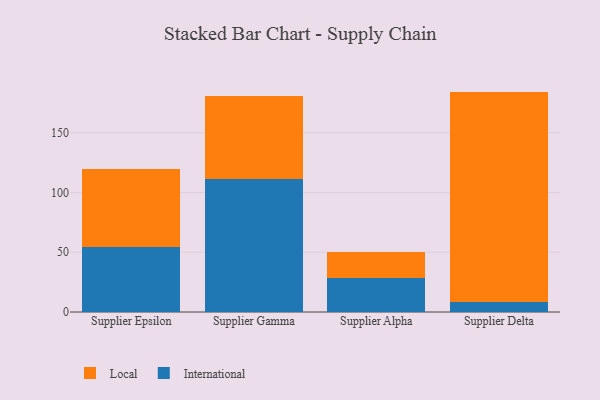
{"axis": {"x": "Supplier", "y": "Inventory Turnover"}, "legend": ["International", "Local"], "data": [{"x": "Supplier Epsilon", "y": 54.0, "type": "International"}, {"x": "Supplier Epsilon", "y": 65.3, "type": "Local"}, {"x": "Supplier Gamma", "y": 111.7, "type": "International"}, {"x": "Supplier Gamma", "y": 69.4, "type": "Local"}, {"x": "Supplier Alpha", "y": 28.7, "type": "International"}, {"x": "Supplier Alpha", "y": 21.8, "type": "Local"}, {"x": "Supplier Delta", "y": 8.4, "type": "International"}, {"x": "Supplier Delta", "y": 176.1, "type": "Local"}]}